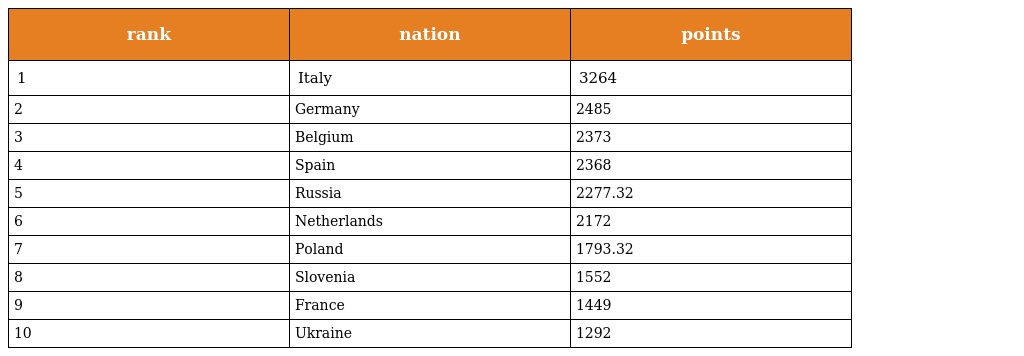
| rank | nation | points |
 | --- | --- | --- |
 | 1 | Italy | 3264 |
 | 2 | Germany | 2485 |
 | 3 | Belgium | 2373 |
 | 4 | Spain | 2368 |
 | 5 | Russia | 2277.32 |
 | 6 | Netherlands | 2172 |
 | 7 | Poland | 1793.32 |
 | 8 | Slovenia | 1552 |
 | 9 | France | 1449 |
 | 10 | Ukraine | 1292 |